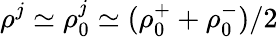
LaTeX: \rho^{j}\simeq\rho_{0}^{j}\simeq(\rho_{0}^{+}+\rho_{0}^{-})/2